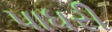
પાધરી